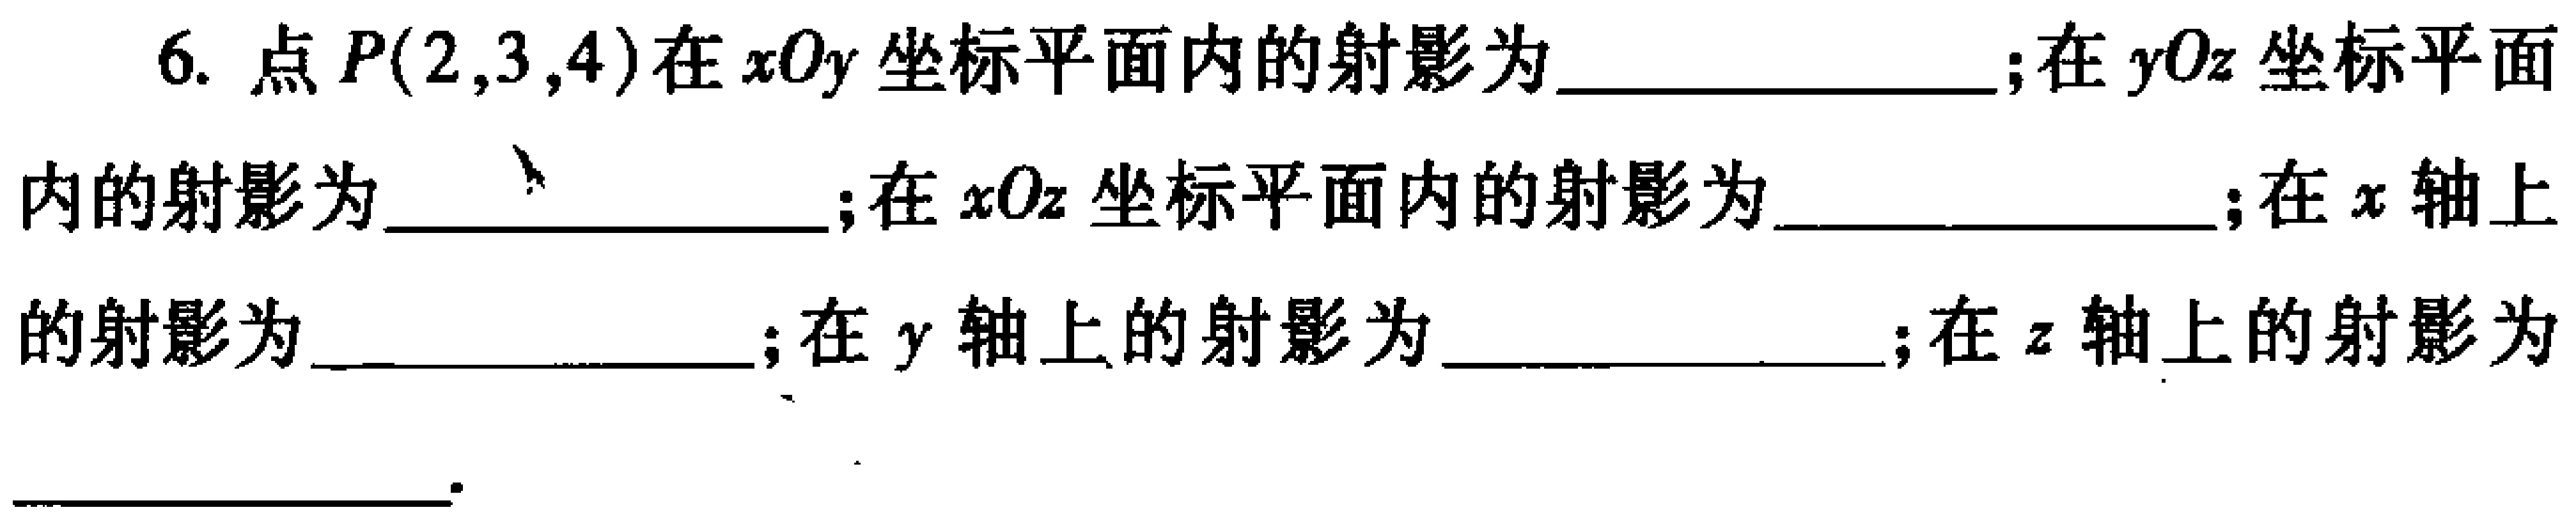
6. 点\(P(2,3,4)\)在\(xOy\)坐标平面内的射影为  ；在\(yOz\)坐标平面内的射影为  ；在\(xOz\)坐标平面内的射影为  ；在\(x\)轴上的射影为  ；在\(y\)轴上的射影为  ；在\(z\)轴上的射影为  。